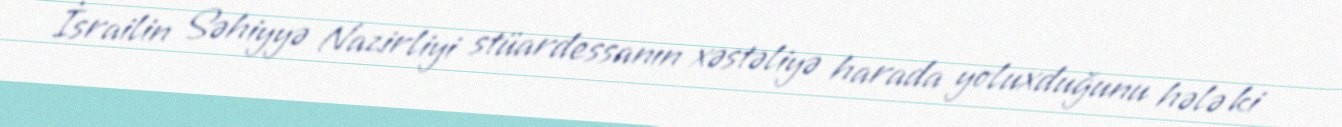
İsrailin Səhiyyə Nazirliyi stüardessanın xəstəliyə harada yoluxduğunu hələ ki